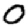
Digit: 0